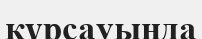
құрсауында